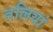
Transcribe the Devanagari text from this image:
तलियां